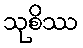
သုစိဿ